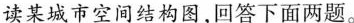
读某城市空间结构图，回答下面两题。